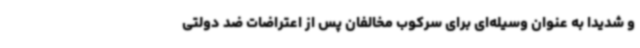
و شدیدا به عنوان وسیله‌ای برای سرکوب مخالفان پس از اعتراضات ضد دولتی